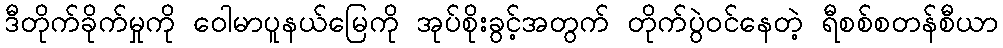
ဒီတိုက်ခိုက်မှုကို ဝေါမာပူနယ်မြေကို အုပ်စိုးခွင့်အတွက် တိုက်ပွဲဝင်နေတဲ့ ရီစစ်စတန်စီယာ